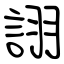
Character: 詡